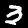
Digit: 3